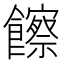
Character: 𩟔